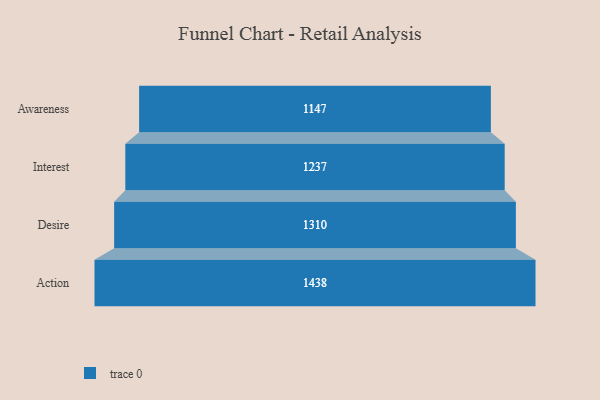
{"axis": {"x": "Stage", "y": "Value"}, "legend": [""], "data": [{"x": "Awareness", "y": 1147.0, "type": ""}, {"x": "Interest", "y": 1237.0, "type": ""}, {"x": "Desire", "y": 1310.0, "type": ""}, {"x": "Action", "y": 1438.0, "type": ""}]}